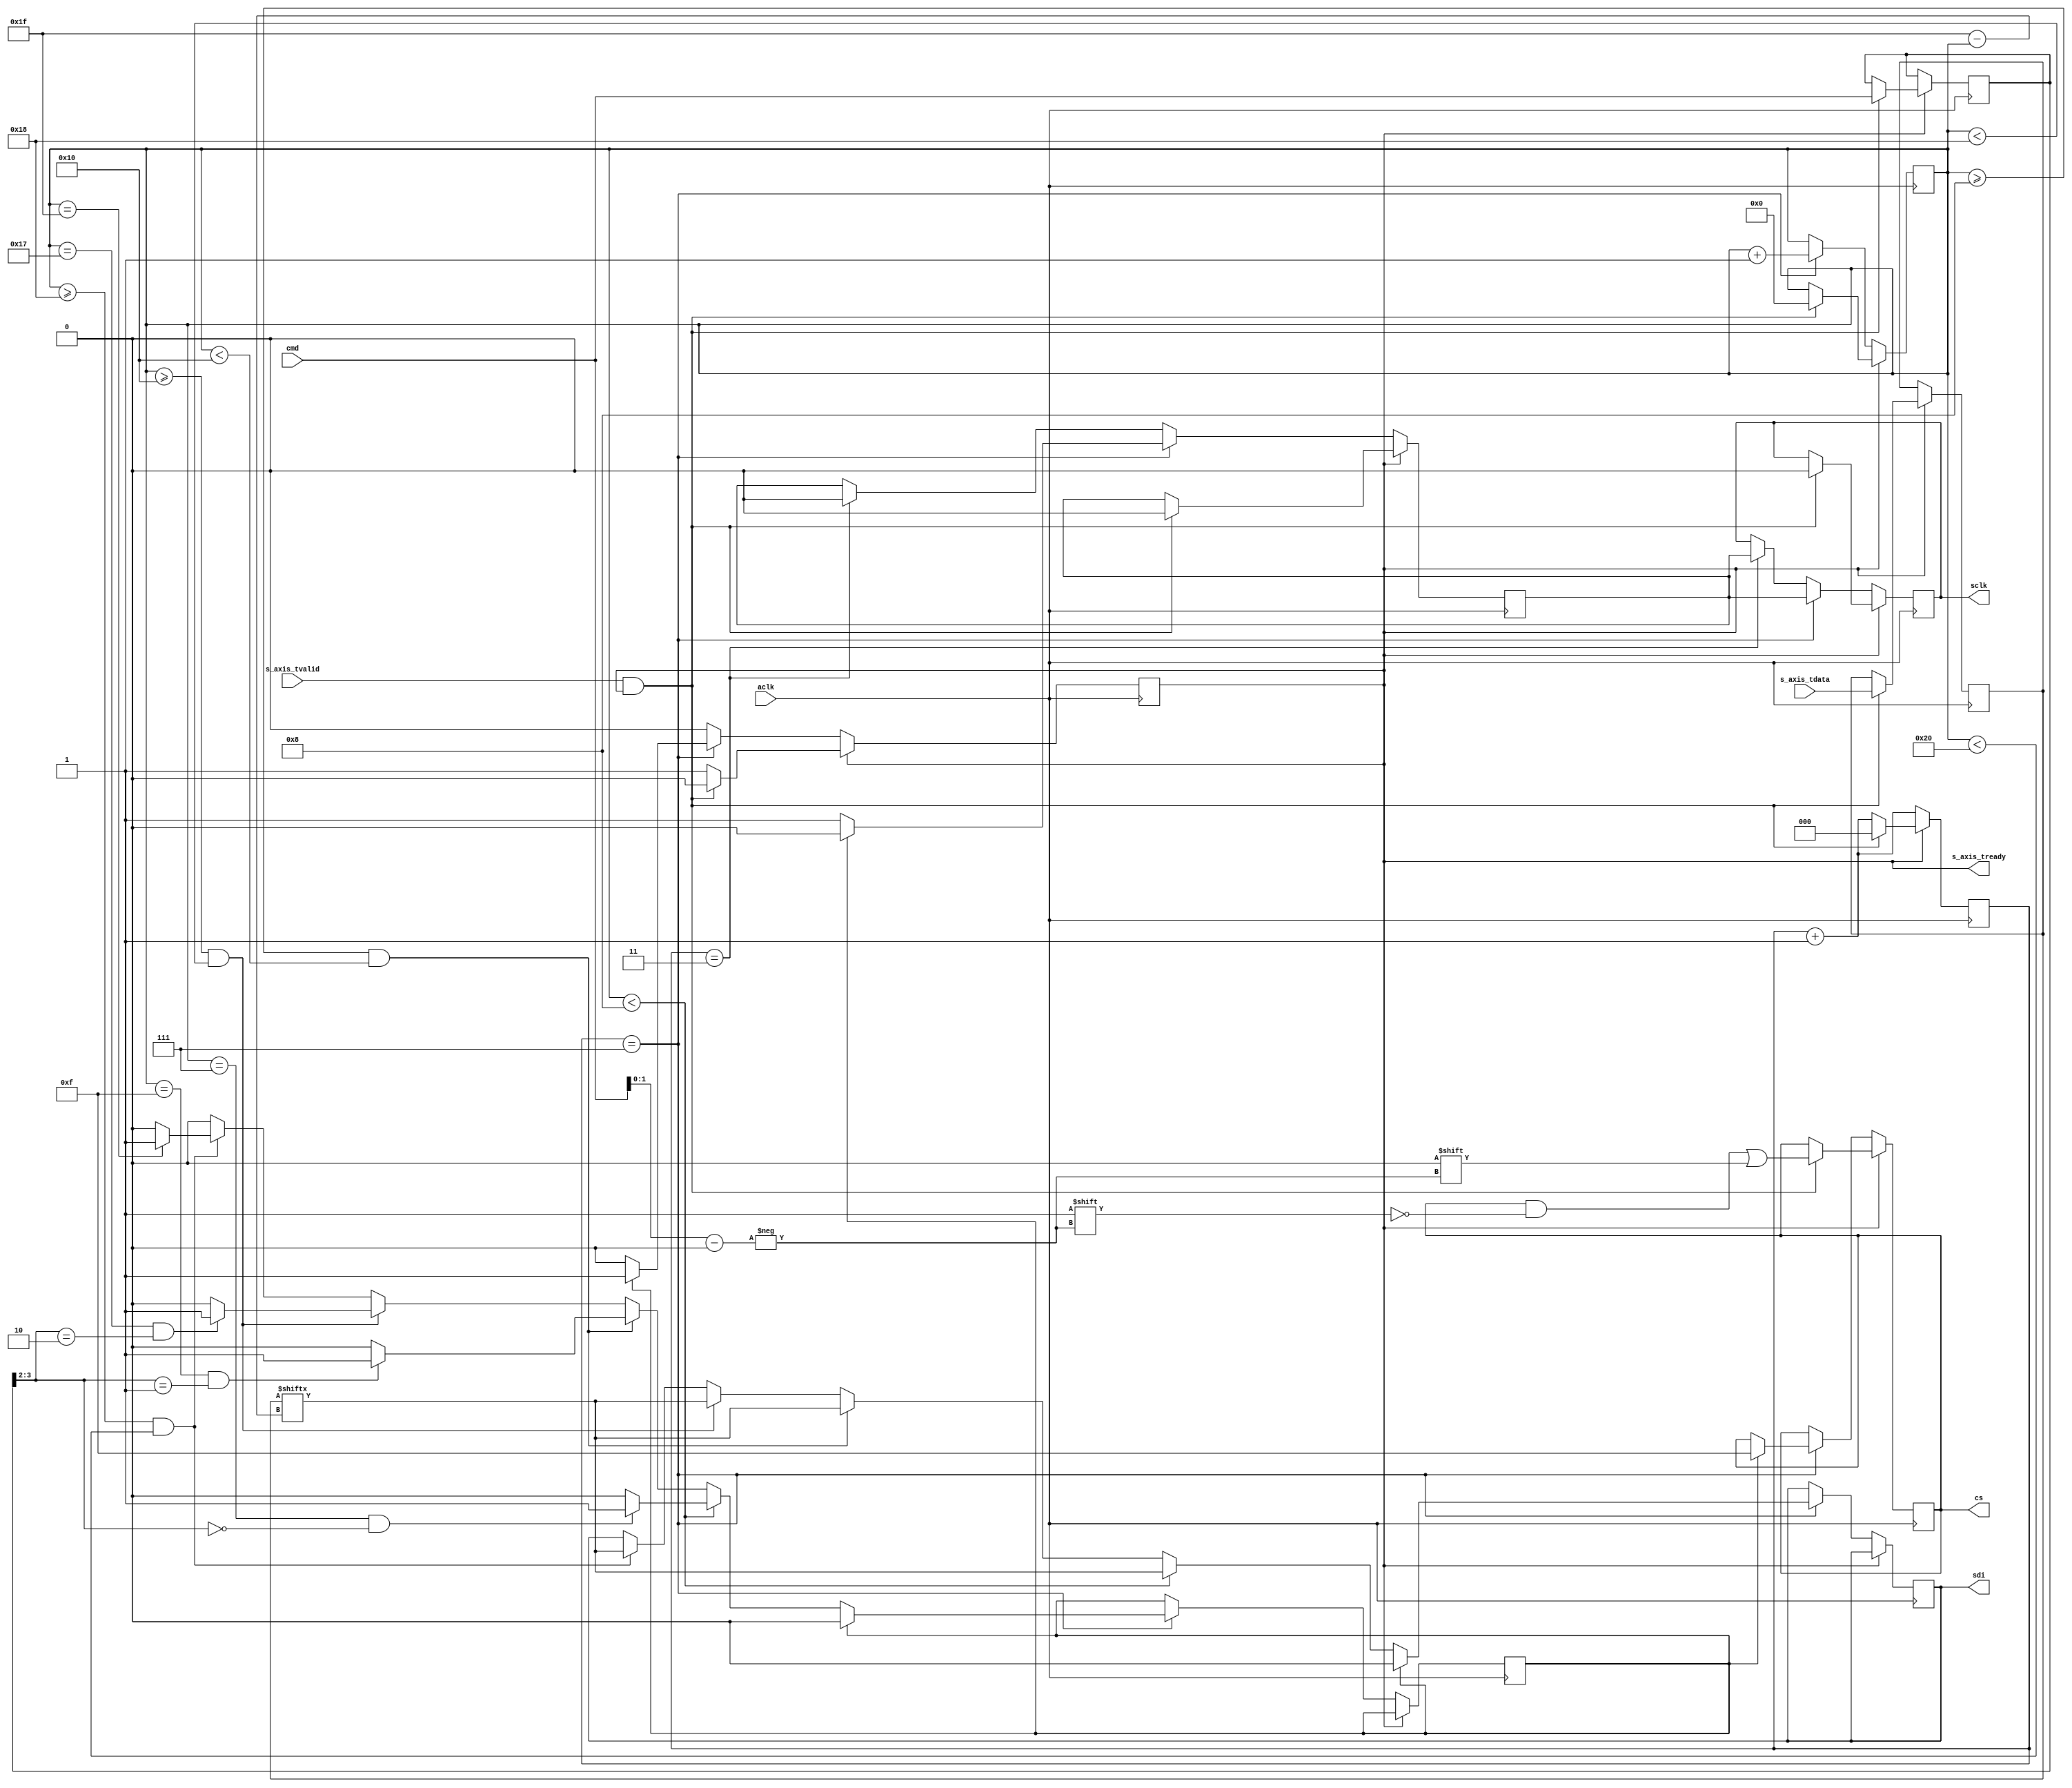
module spi_cfg #
(
  parameter CLK_DIV = 3,
  parameter N_SLAVES = 4
)
(
  input wire                      aclk,
  input wire [32-1:0]             s_axis_tdata,
  input wire                      s_axis_tvalid,
  input wire [8-1:0]              cmd,

  output reg [N_SLAVES-1:0]       cs,
  output reg                      sclk,
  output reg                      sdi,
  output reg                      s_axis_tready
);
  reg [32-1:0] data_reg;
  reg [8-1:0] cmd_reg;
  reg [CLK_DIV-1:0] cnt_clk  = 0; // Divide by 2**CLK_DIV the clock frequency
  reg [6-1: 0] cnt_sclk;
  reg sclk_reg;
  reg end_sequence;
  initial s_axis_tready = 1'b1;
  initial cs = {(N_SLAVES){1'b1}};
  initial end_sequence = 1'b0;

  always @(posedge aclk) begin
    cnt_clk <= cnt_clk + 1;

    if (s_axis_tready == 1'b0) begin
      if (cnt_clk == {(CLK_DIV){1'b1}}) begin 
        // spi clock posedge
        cnt_sclk <= cnt_sclk + 1;
        sclk_reg <= 1'b1;
        sclk <= sclk_reg;
        if (end_sequence == 0) begin               
          if (cnt_sclk < 8) begin
            sdi <= data_reg[31 - cnt_sclk];
            if (cnt_sclk == 7 && cmd_reg[3:2] == 2'b00) begin // Stop at 1 byte written
              end_sequence <= 1'b1;
            end
          end else if (cnt_sclk >=  8 && cnt_sclk < 16) begin
            sdi <= data_reg[31 - cnt_sclk];
            if (cnt_sclk == 15 && cmd_reg[3:2] == 2'b01) begin // Stop at 2 bytes written
              end_sequence <= 1'b1;
            end
          end else if (cnt_sclk >=  16 && cnt_sclk < 24) begin
            sdi <= data_reg[31 - cnt_sclk];
            if (cnt_sclk == 23 && cmd_reg[3:2] == 2'b10) begin // Stop at 3 bytes written
              end_sequence <= 1'b1;
            end
          end else if (cnt_sclk >=  24 && cnt_sclk < 32) begin
            sdi <= data_reg[31 - cnt_sclk];
            if (cnt_sclk == 31) begin // Stop at 4 bytes written
              end_sequence <= 1'b1;
            end
          end
        end else begin // end_sequence == 1
          sdi <= 0;
          sclk_reg <= 1'b0;
          cs <= {(N_SLAVES){1'b1}};
          s_axis_tready <= 1'b1;
          end_sequence <= 1'b0;
        end

      end else if (cnt_clk == {{1'b0}, {(CLK_DIV-1){1'b1}}}) begin
        // spi clock negedge
        sclk_reg <= 1'b0;
        sclk <= sclk_reg;
      end
    end else begin
      // (cs == 1'b1)
      if (s_axis_tvalid && s_axis_tready) begin
        cs[cmd[1:0]] <= 0;
        s_axis_tready <= 0;
        cmd_reg <= cmd;
        data_reg <= s_axis_tdata;
        cnt_clk <= 0;
        cnt_sclk <= 0;
        sclk_reg <= 0;
        sclk <= 0;
      end
    end
  end

endmodule